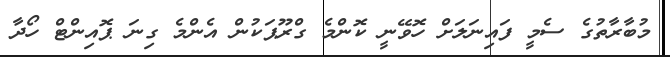
މުބާރާތުގެ ސެމީ ފައިނަލަށް ހޮވޭނީ ކޮންމެ ގްރޫޕަކުން އެންމެ ގިނަ ޕޮއިންޓް ހޯދާ